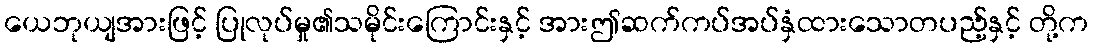
ယေဘုယျအားဖြင့် ပြုလုပ်မှု၏သမိုင်းကြောင်းနှင့် အားဤဆက်ကပ်အပ်နှံထားသောတပည့်နှင့် တို့က